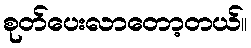
စုတ်ပေးလာတော့တယ်။